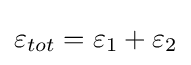
\varepsilon _{tot}=\varepsilon _{1}+\varepsilon _{2}